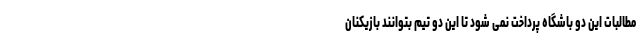
مطالبات این دو باشگاه پرداخت نمی شود تا این دو تیم بتوانند بازیکنان